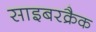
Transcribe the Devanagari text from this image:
साइबरक्रैक